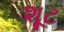
શૂટ